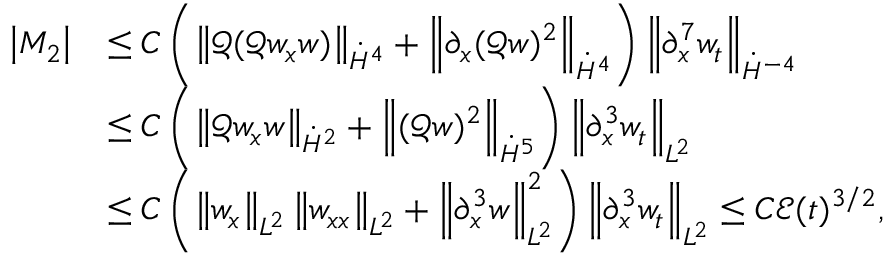
\begin{array} { r l } { \left| M _ { 2 } \right| } & { \leq C \left( \left\| \mathscr { Q } ( \mathscr { Q } w _ { x } w ) \right\| _ { \dot { H } ^ { 4 } } + \left\| \partial _ { x } ( \mathscr { Q } w ) ^ { 2 } \right\| _ { \dot { H } ^ { 4 } } \right) \left\| \partial _ { x } ^ { 7 } w _ { t } \right\| _ { \dot { H } ^ { - 4 } } } \\ & { \leq C \left( \left\| \mathscr { Q } w _ { x } w \right\| _ { \dot { H } ^ { 2 } } + \left\| ( \mathscr { Q } w ) ^ { 2 } \right\| _ { \dot { H } ^ { 5 } } \right) \left\| \partial _ { x } ^ { 3 } w _ { t } \right\| _ { L ^ { 2 } } } \\ & { \leq C \left( \left\| w _ { x } \right\| _ { L ^ { 2 } } \left\| w _ { x x } \right\| _ { L ^ { 2 } } + \left\| \partial _ { x } ^ { 3 } w \right\| _ { L ^ { 2 } } ^ { 2 } \right) \left\| \partial _ { x } ^ { 3 } w _ { t } \right\| _ { L ^ { 2 } } \leq C \mathcal { E } ( t ) ^ { 3 / 2 } , } \end{array}